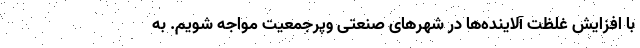
با افزایش غلظت آلاینده‌ها در شهرهای صنعتی وپرجمعیت مواجه شویم. به